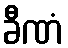
ခီဏံ